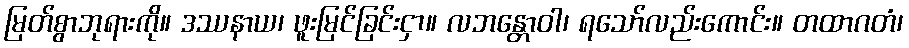
မြတ်စွာဘုရားကို။ ဒဿနာယ၊ ဖူးမြင်ခြင်းငှာ။ လဘန္တောဝါ၊ ရသော်လည်းကောင်း။ တထာဂတံ၊